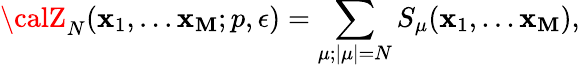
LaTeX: {\calZ}_{N}(\mathbf{x}_{1},...\mathbf{x}_{\mathbf{M}};p,\epsilon)=\sum_{\mu;|\mu|=N}S_{\mu}(\mathbf{x}_{1},...\mathbf{x}_{\mathbf{M}}),